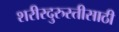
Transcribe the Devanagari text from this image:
शरीरदुरुस्तीसाठी